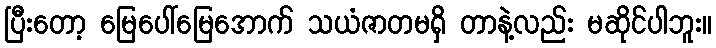
ပြီးတော့ မြေပေါ်မြေအောက် သယံဇာတမရှိ တာနဲ့လည်း မဆိုင်ပါဘူး။